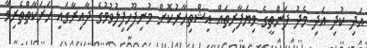
އަދި ކުދި އަދި މެދު ފަންތީގެ ވިޔަފާރިތައް އިޝްތިހާރުކޮށް މުނިފޫހިފިލުވުމުގެ ދާއިރާގައި ހަރަކާތްތެރިވާ